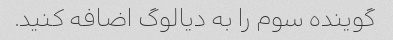
گوینده سوم را به دیالوگ اضافه کنید.